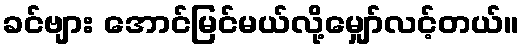
ခင်ဗျား အောင်မြင်မယ်လို့မျှော်လင့်တယ်။